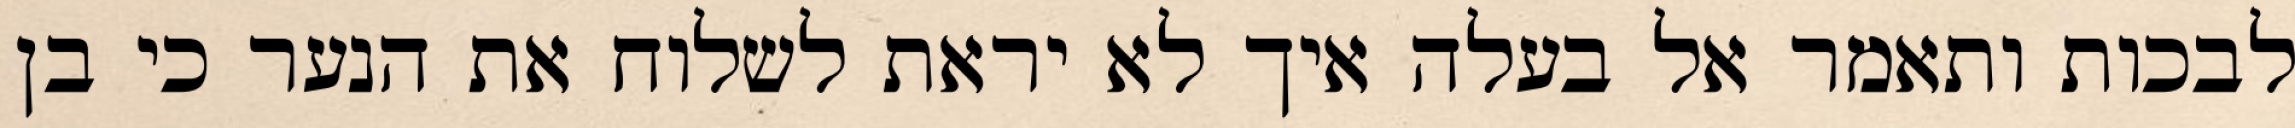
לבכות ותאמר אל בעלה איך לא יראת לשלוח את הנער כי בן